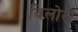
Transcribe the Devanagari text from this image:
विलोरों